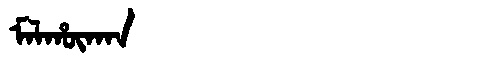
Manchu: ᠮᠠᠯᡥᡡᡴᠠᠨ
Romanization: MALHŪKAN